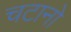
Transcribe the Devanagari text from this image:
चटानो